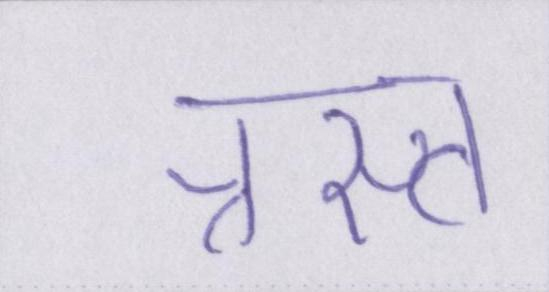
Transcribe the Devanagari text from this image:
त्रस्त